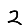
Digit: 2